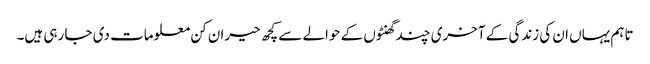
تاہم یہاں ان کی زندگی کے آخری چند گھنٹوں کے حوالے سے کچھ حیران کن معلومات دی جا رہی ہیں۔